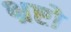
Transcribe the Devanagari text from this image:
भ्रष्टो